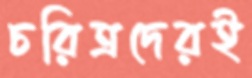
চরিত্রদেরই